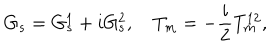
G _ { s } = G _ { s } ^ { 1 } + i G _ { s } ^ { 2 } , \quad T _ { m } = - \frac { i } { 2 } T _ { m } ^ { 1 2 } ,